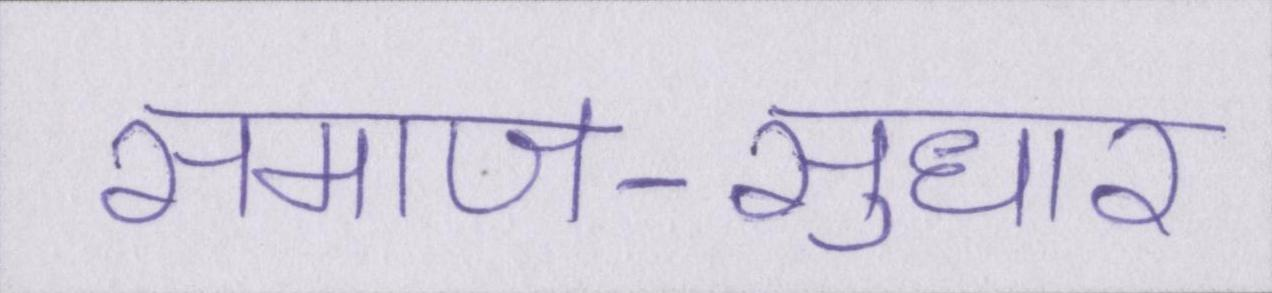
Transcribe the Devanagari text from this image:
समाज-सुधार